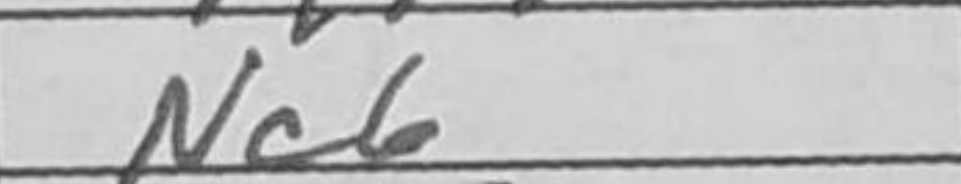
Transcription: Nc6